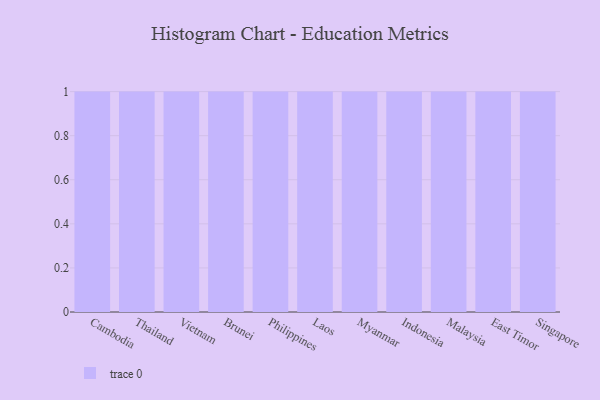
{"axis": {"x": "Country", "y": "Backlog"}, "legend": [""], "data": [{"x": "Cambodia", "y": 39, "type": ""}, {"x": "Thailand", "y": 65, "type": ""}, {"x": "Vietnam", "y": 98, "type": ""}, {"x": "Brunei", "y": 91, "type": ""}, {"x": "Philippines", "y": 9, "type": ""}, {"x": "Laos", "y": 70, "type": ""}, {"x": "Myanmar", "y": 38, "type": ""}, {"x": "Indonesia", "y": 25, "type": ""}, {"x": "Malaysia", "y": 54, "type": ""}, {"x": "East Timor", "y": 51, "type": ""}, {"x": "Singapore", "y": 68, "type": ""}]}